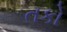
તકો